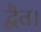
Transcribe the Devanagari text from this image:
द्वैत।